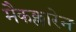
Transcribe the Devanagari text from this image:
मैकक्लारेन